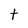
Character: T